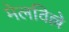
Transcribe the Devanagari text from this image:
मेलविल्ले